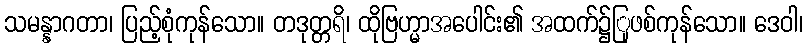
သမန္နာဂတာ၊ ပြည့်စုံကုန်သော။ တဒုတ္တရိ၊ ထိုဗြဟ္မာအပေါင်း၏ အထက်၌ြုဖစ်ကုန်သော။ ဒေဝါ၊